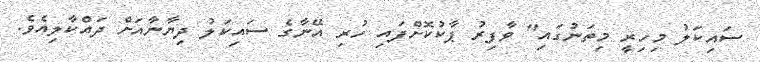
ސައިކަލު މިހިރީ މިތަނުގައި" ވާފިރު ޕާކުކޮށްފައި ހުރި އޭނާގެ ސައިކަލު ދިޔާނާއަށް ދައްކާލިއެވެ.